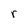
Character: r